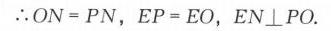
\(\therefore ON = PN,EP = EO,EN\perp PO\)